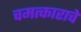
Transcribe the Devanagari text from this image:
चमत्काराचे